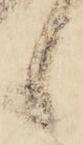
候